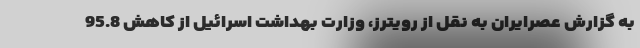
به گزارش عصرایران به نقل از رویترز، وزارت بهداشت اسرائیل از کاهش 95.8